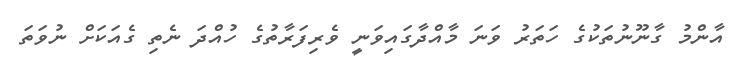
އާންމު ގާނޫނުތަކުގެ ހަތަރު ވަނަ މާއްދާގައިވަނީ ވެރިފަރާތުގެ ހުއްދަ ނެތި ގެއަކަށް ނުވަތަ